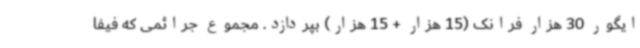
ایگور 30 هزار فرانک (15 هزار + 15 هزار) بپردازد. مجموع جرائمی که فیفا